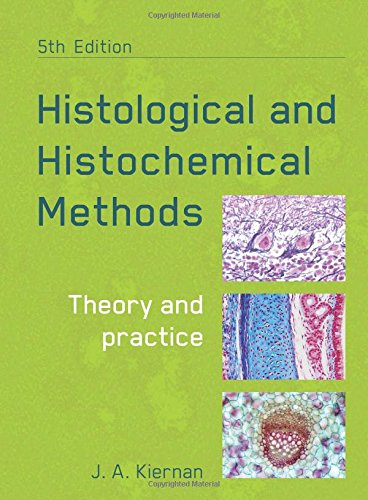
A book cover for Histological and Histochemical Methods, fifth edition: Theory and Practice; John Kiernan; Medical Books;